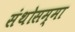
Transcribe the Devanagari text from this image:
संथोसम्मा